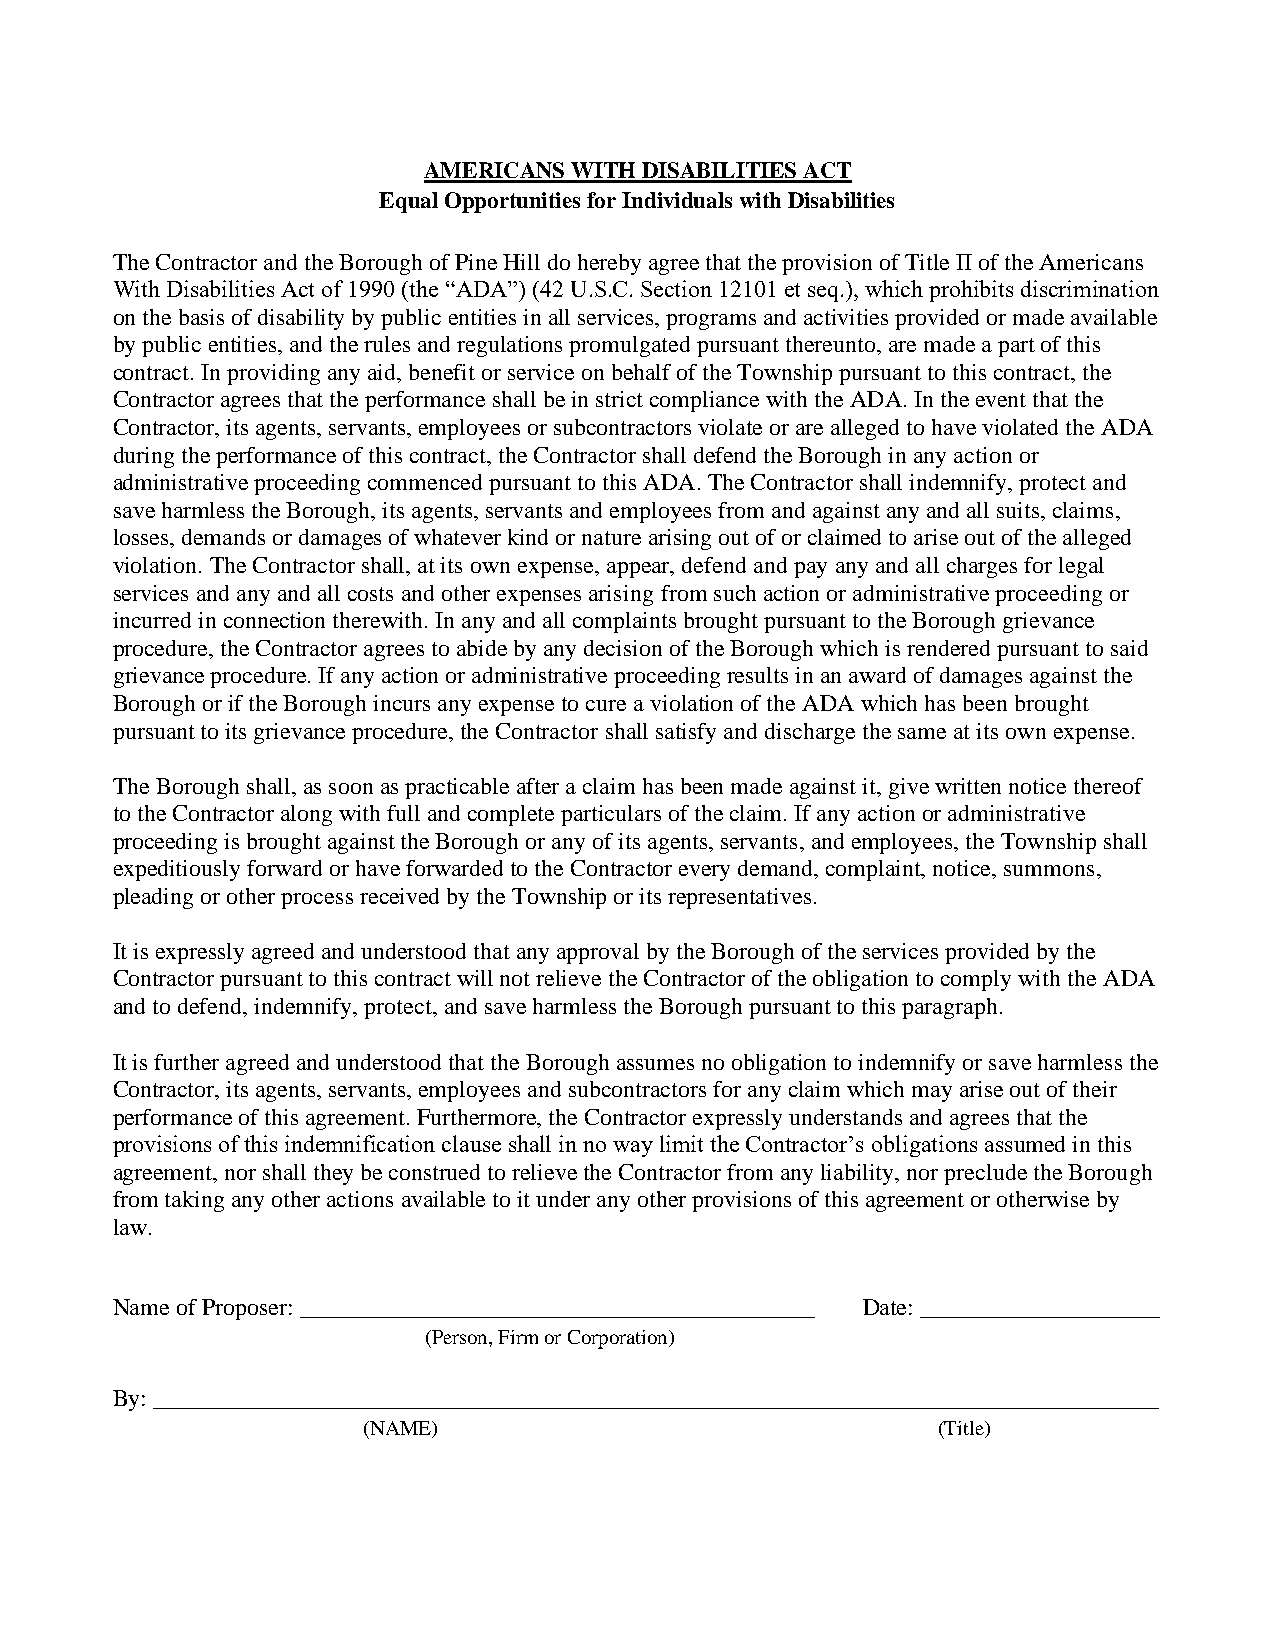
AMERICANS WITH DISABILITIES ACT
 Equal Opportunities for Individuals with Disabilities
 The Contractor and the Borough of Pine Hill do hereby agree that the provision of Title II of the Americans
 With Disabilities Act of 1990 (the “ADA”) (42 U.S.C. Section 12101 et seq.), which prohibits discrimination
 on the basis of disability by public entities in all services, programs and activities provided or made available
 by public entities, and the rules and regulations promulgated pursuant thereunto, are made a part of this
 contract. In providing any aid, benefit or service on behalf of the Township pursuant to this contract, the
 Contractor agrees that the performance shall be in strict compliance with the ADA. In the event that the
 Contractor, its agents, servants, employees or subcontractors violate or are alleged to have violated the ADA
 during the performance of this contract, the Contractor shall defend the Borough in any action or
 administrative proceeding commenced pursuant to this ADA. The Contractor shall indemnify, protect and
 save harmless the Borough, its agents, servants and employees from and against any and all suits, claims,
 losses, demands or damages of whatever kind or nature arising out of or claimed to arise out of the alleged
 violation. The Contractor shall, at its own expense, appear, defend and pay any and all charges for legal
 services and any and all costs and other expenses arising from such action or administrative proceeding or
 incurred in connection therewith. In any and all complaints brought pursuant to the Borough grievance
 procedure, the Contractor agrees to abide by any decision of the Borough which is rendered pursuant to said
 grievance procedure. If any action or administrative proceeding results in an award of damages against the
 Borough or if the Borough incurs any expense to cure a violation of the ADA which has been brought
 pursuant to its grievance procedure, the Contractor shall satisfy and discharge the same at its own expense.
 The Borough shall, as soon as practicable after a claim has been made against it, give written notice thereof
 to the Contractor along with full and complete particulars of the claim. If any action or administrative
 proceeding is brought against the Borough or any of its agents, servants, and employees, the Township shall
 expeditiously forward or have forwarded to the Contractor every demand, complaint, notice, summons,
 pleading or other process received by the Township or its representatives.
 It is expressly agreed and understood that any approval by the Borough of the services provided by the
 Contractor pursuant to this contract will not relieve the Contractor of the obligation to comply with the ADA
 and to defend, indemnify, protect, and save harmless the Borough pursuant to this paragraph.
 It is further agreed and understood that the Borough assumes no obligation to indemnify or save harmless the
 Contractor, its agents, servants, employees and subcontractors for any claim which may arise out of their
 performance of this agreement. Furthermore, the Contractor expressly understands and agrees that the
 provisions of this indemnification clause shall in no way limit the Contractor’s obligations assumed in this
 agreement, nor shall they be construed to relieve the Contractor from any liability, nor preclude the Borough
 from taking any other actions available to it under any other provisions of this agreement or otherwise by
 law.
 Name of Proposer: ___________________________________________ Date: ____________________
 (Person, Firm or Corporation)
 By: ____________________________________________________________________________________
 (NAME)                                (Title)